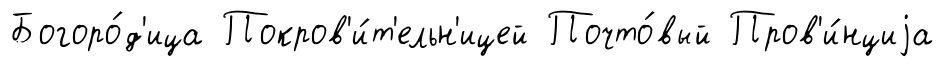
Богоро́д'ица Покров'и́т'ельн'ицей Почто́вый Пров'и́нциjа